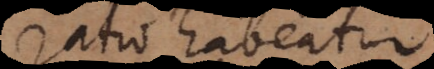
ratio habeatur.